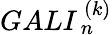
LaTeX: GALI_{\, n}^{\, (k)}